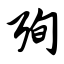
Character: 殉